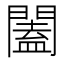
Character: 闔